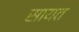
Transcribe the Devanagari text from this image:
सायत